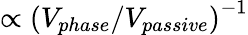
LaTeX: \propto\left(V_{phase}/V_{passive}\right)^{-1}